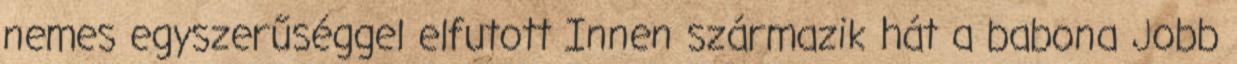
nemes egyszerűséggel elfutott Innen származik hát a babona Jobb